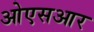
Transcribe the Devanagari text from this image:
ओएसआर